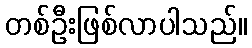
တစ်ဦးဖြစ်လာပါသည်။